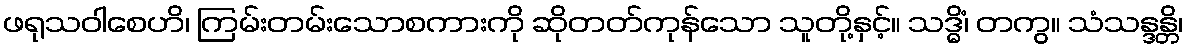
ဖရုသဝါစေဟိ၊ ကြမ်းတမ်းသောစကားကို ဆိုတတ်ကုန်သော သူတို့နှင့်။ သဒ္ဓိံ၊ တကွ။ သံသန္ဒန္တိ၊